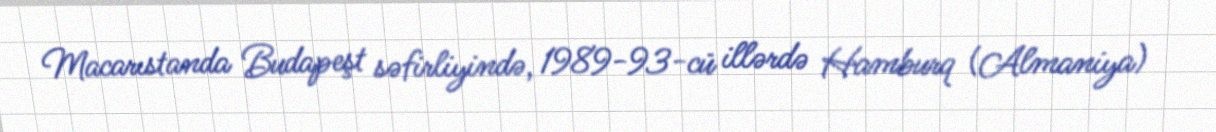
Macarıstanda Budapeşt səfirliyində, 1989-93-cü illərdə Hamburq (Almaniya)